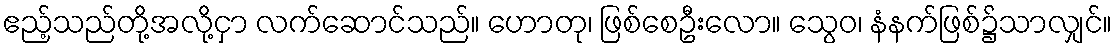
ဧည့်သည်တို့အလို့ငှာ လက်ဆောင်သည်။ ဟောတု၊ ဖြစ်စေဦးလော။ သွေဝ၊ နံနက်ဖြစ်၌သာလျှင်။